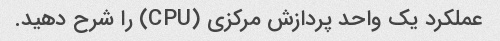
عملکرد یک واحد پردازش مرکزی (CPU) را شرح دهید.